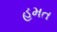
હમત